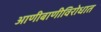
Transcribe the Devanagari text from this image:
आणीबाणीविरोधात